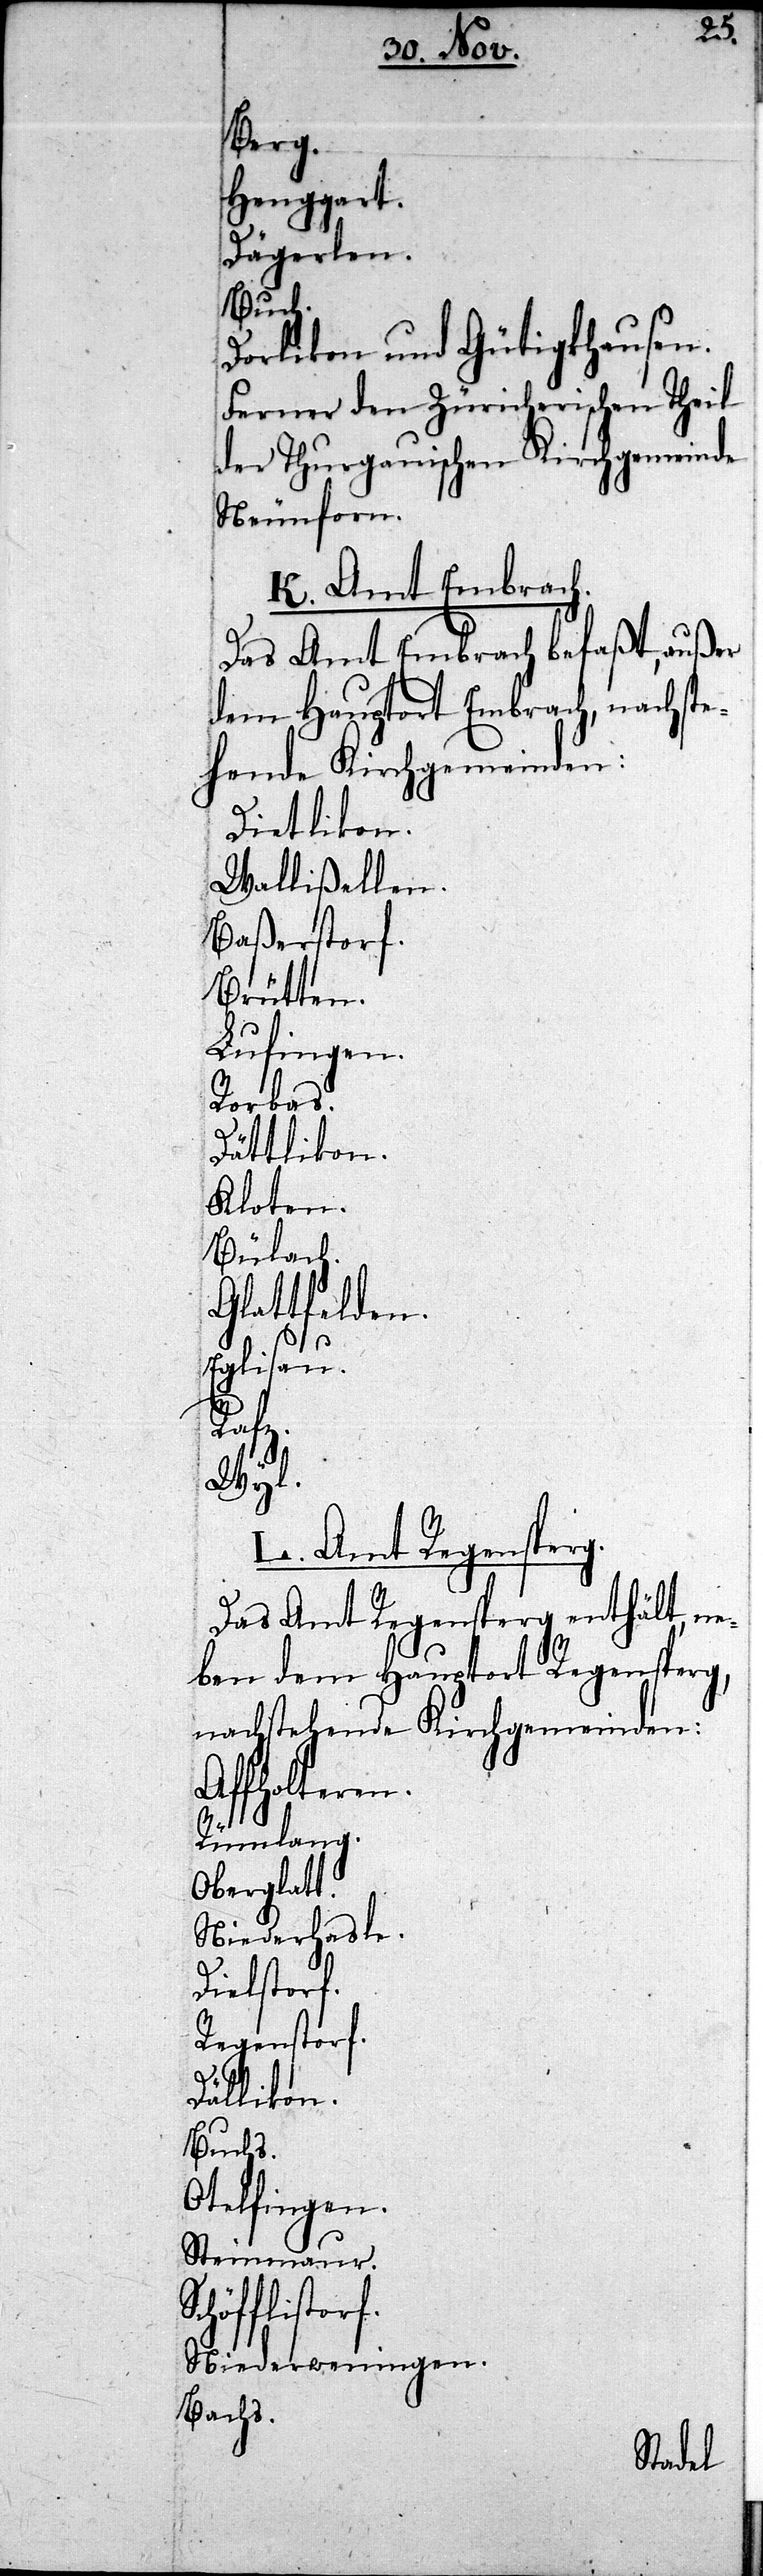
perg,
Henggart.
Dägerlen.
Buch.
Dorlikon und Güti¬
Ferner den Züriche¬
der Thurgauischen
Neunforn.
K. Amt Embra¬
Das Amt Embrach be¬
dem Hauptort Embra¬
Dietlikon.
Wallißellen.
Baßerstorf.
Brütten.
Lufingen.
Rorbas.
Dällikon.
Kloten.
Bülach.
Glattfelden.
Eglisau.
torf.
Wyl.
L. Amt Regensperg.
Das Amt Regensperg ent¬
ben dem Hauptort Regens¬
nachstehende Kirchgem¬
Affholteren.
Rümlang.
Oberglatt.
Niederhasle.
Dielstorf.
Regenstorf.
Buchs.
Otelfingen.
Steinmaur.
Schöfflis¬
Niederweningen.
Bachs.